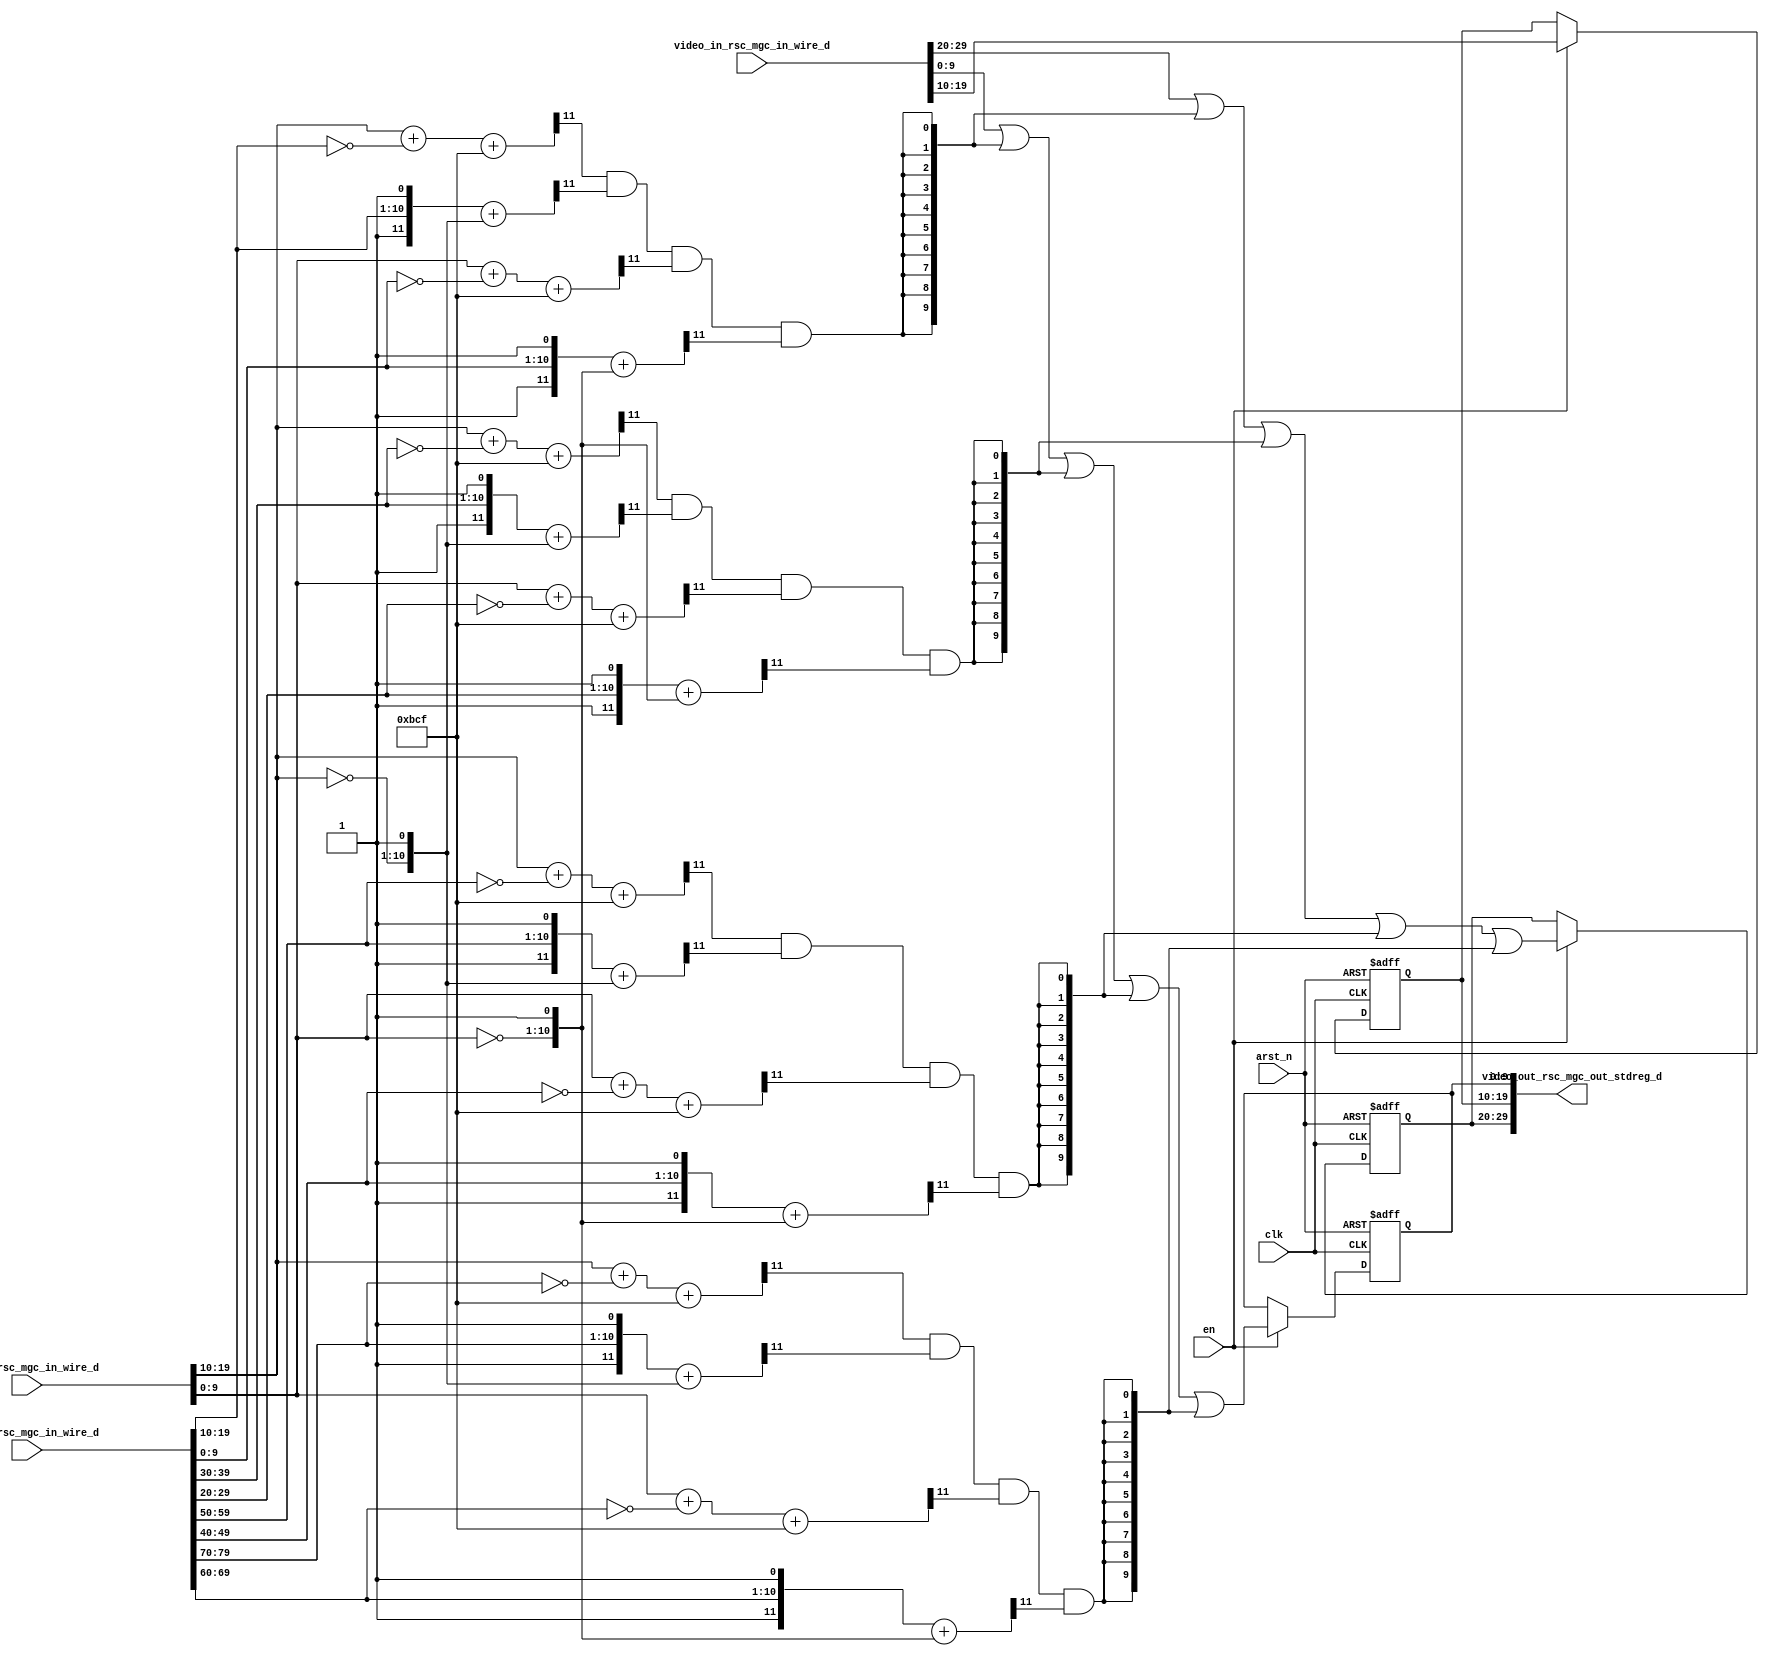
module render_blocks_core (
  clk, en, arst_n, video_in_rsc_mgc_in_wire_d, blocks_rsc_mgc_in_wire_d, vga_xy_rsc_mgc_in_wire_d,
      video_out_rsc_mgc_out_stdreg_d
);
  input clk;
  input en;
  input arst_n;
  input [29:0] video_in_rsc_mgc_in_wire_d;
  input [79:0] blocks_rsc_mgc_in_wire_d;
  input [19:0] vga_xy_rsc_mgc_in_wire_d;
  output [29:0] video_out_rsc_mgc_out_stdreg_d;


  // Interconnect Declarations
  reg [9:0] reg_video_out_rsc_mgc_out_stdreg_d_tmp;
  reg [9:0] reg_video_out_rsc_mgc_out_stdreg_d_tmp_1;
  reg [9:0] reg_video_out_rsc_mgc_out_stdreg_d_tmp_2;
  wire FRAME_if_and_2_itm;
  wire FRAME_if_and_5_itm;
  wire FRAME_if_and_8_itm;
  wire FRAME_if_and_11_itm;


  // Interconnect Declarations for Component Instantiations 
  assign video_out_rsc_mgc_out_stdreg_d = {reg_video_out_rsc_mgc_out_stdreg_d_tmp
      , reg_video_out_rsc_mgc_out_stdreg_d_tmp_1 , reg_video_out_rsc_mgc_out_stdreg_d_tmp_2};
  assign FRAME_if_and_2_itm = (readslicef_12_1_11((conv_u2s_11_12(conv_u2u_10_11(vga_xy_rsc_mgc_in_wire_d[19:10])
      + conv_u2u_10_11(~ (blocks_rsc_mgc_in_wire_d[19:10]))) + 12'b101111001111)))
      & (readslicef_12_1_11((({1'b1 , (blocks_rsc_mgc_in_wire_d[19:10]) , 1'b1})
      + conv_u2u_11_12({(~ (vga_xy_rsc_mgc_in_wire_d[19:10])) , 1'b1})))) & (readslicef_12_1_11((conv_u2s_11_12(conv_u2u_10_11(vga_xy_rsc_mgc_in_wire_d[9:0])
      + conv_u2u_10_11(~ (blocks_rsc_mgc_in_wire_d[9:0]))) + 12'b101111001111)))
      & (readslicef_12_1_11((({1'b1 , (blocks_rsc_mgc_in_wire_d[9:0]) , 1'b1}) +
      conv_u2u_11_12({(~ (vga_xy_rsc_mgc_in_wire_d[9:0])) , 1'b1}))));
  assign FRAME_if_and_5_itm = (readslicef_12_1_11((conv_u2s_11_12(conv_u2u_10_11(vga_xy_rsc_mgc_in_wire_d[19:10])
      + conv_u2u_10_11(~ (blocks_rsc_mgc_in_wire_d[39:30]))) + 12'b101111001111)))
      & (readslicef_12_1_11((({1'b1 , (blocks_rsc_mgc_in_wire_d[39:30]) , 1'b1})
      + conv_u2u_11_12({(~ (vga_xy_rsc_mgc_in_wire_d[19:10])) , 1'b1})))) & (readslicef_12_1_11((conv_u2s_11_12(conv_u2u_10_11(vga_xy_rsc_mgc_in_wire_d[9:0])
      + conv_u2u_10_11(~ (blocks_rsc_mgc_in_wire_d[29:20]))) + 12'b101111001111)))
      & (readslicef_12_1_11((({1'b1 , (blocks_rsc_mgc_in_wire_d[29:20]) , 1'b1})
      + conv_u2u_11_12({(~ (vga_xy_rsc_mgc_in_wire_d[9:0])) , 1'b1}))));
  assign FRAME_if_and_8_itm = (readslicef_12_1_11((conv_u2s_11_12(conv_u2u_10_11(vga_xy_rsc_mgc_in_wire_d[19:10])
      + conv_u2u_10_11(~ (blocks_rsc_mgc_in_wire_d[59:50]))) + 12'b101111001111)))
      & (readslicef_12_1_11((({1'b1 , (blocks_rsc_mgc_in_wire_d[59:50]) , 1'b1})
      + conv_u2u_11_12({(~ (vga_xy_rsc_mgc_in_wire_d[19:10])) , 1'b1})))) & (readslicef_12_1_11((conv_u2s_11_12(conv_u2u_10_11(vga_xy_rsc_mgc_in_wire_d[9:0])
      + conv_u2u_10_11(~ (blocks_rsc_mgc_in_wire_d[49:40]))) + 12'b101111001111)))
      & (readslicef_12_1_11((({1'b1 , (blocks_rsc_mgc_in_wire_d[49:40]) , 1'b1})
      + conv_u2u_11_12({(~ (vga_xy_rsc_mgc_in_wire_d[9:0])) , 1'b1}))));
  assign FRAME_if_and_11_itm = (readslicef_12_1_11((conv_u2s_11_12(conv_u2u_10_11(vga_xy_rsc_mgc_in_wire_d[19:10])
      + conv_u2u_10_11(~ (blocks_rsc_mgc_in_wire_d[79:70]))) + 12'b101111001111)))
      & (readslicef_12_1_11((({1'b1 , (blocks_rsc_mgc_in_wire_d[79:70]) , 1'b1})
      + conv_u2u_11_12({(~ (vga_xy_rsc_mgc_in_wire_d[19:10])) , 1'b1})))) & (readslicef_12_1_11((conv_u2s_11_12(conv_u2u_10_11(vga_xy_rsc_mgc_in_wire_d[9:0])
      + conv_u2u_10_11(~ (blocks_rsc_mgc_in_wire_d[69:60]))) + 12'b101111001111)))
      & (readslicef_12_1_11((({1'b1 , (blocks_rsc_mgc_in_wire_d[69:60]) , 1'b1})
      + conv_u2u_11_12({(~ (vga_xy_rsc_mgc_in_wire_d[9:0])) , 1'b1}))));
  always @(posedge clk or negedge arst_n) begin
    if ( ~ arst_n ) begin
      reg_video_out_rsc_mgc_out_stdreg_d_tmp <= 10'b0;
      reg_video_out_rsc_mgc_out_stdreg_d_tmp_1 <= 10'b0;
      reg_video_out_rsc_mgc_out_stdreg_d_tmp_2 <= 10'b0;
    end
    else begin
      if ( en ) begin
        reg_video_out_rsc_mgc_out_stdreg_d_tmp <= (video_in_rsc_mgc_in_wire_d[29:20])
            | ({{9{FRAME_if_and_2_itm}}, FRAME_if_and_2_itm}) | ({{9{FRAME_if_and_5_itm}},
            FRAME_if_and_5_itm}) | ({{9{FRAME_if_and_8_itm}}, FRAME_if_and_8_itm})
            | ({{9{FRAME_if_and_11_itm}}, FRAME_if_and_11_itm});
        reg_video_out_rsc_mgc_out_stdreg_d_tmp_1 <= video_in_rsc_mgc_in_wire_d[19:10];
        reg_video_out_rsc_mgc_out_stdreg_d_tmp_2 <= (video_in_rsc_mgc_in_wire_d[9:0])
            | ({{9{FRAME_if_and_2_itm}}, FRAME_if_and_2_itm}) | ({{9{FRAME_if_and_5_itm}},
            FRAME_if_and_5_itm}) | ({{9{FRAME_if_and_8_itm}}, FRAME_if_and_8_itm})
            | ({{9{FRAME_if_and_11_itm}}, FRAME_if_and_11_itm});
      end
    end
  end

  function [0:0] readslicef_12_1_11;
    input [11:0] vector;
    reg [11:0] tmp;
  begin
    tmp = vector >> 11;
    readslicef_12_1_11 = tmp[0:0];
  end
  endfunction


  function signed [11:0] conv_u2s_11_12 ;
    input [10:0]  vector ;
  begin
    conv_u2s_11_12 = {1'b0, vector};
  end
  endfunction


  function  [10:0] conv_u2u_10_11 ;
    input [9:0]  vector ;
  begin
    conv_u2u_10_11 = {1'b0, vector};
  end
  endfunction


  function  [11:0] conv_u2u_11_12 ;
    input [10:0]  vector ;
  begin
    conv_u2u_11_12 = {1'b0, vector};
  end
  endfunction

endmodule
module render_blocks (
  video_in_rsc_z, blocks_rsc_z, vga_xy_rsc_z, video_out_rsc_z, clk, en, arst_n
);
  input [29:0] video_in_rsc_z;
  input [79:0] blocks_rsc_z;
  input [19:0] vga_xy_rsc_z;
  output [29:0] video_out_rsc_z;
  input clk;
  input en;
  input arst_n;


  // Interconnect Declarations
  wire [29:0] video_in_rsc_mgc_in_wire_d;
  wire [79:0] blocks_rsc_mgc_in_wire_d;
  wire [19:0] vga_xy_rsc_mgc_in_wire_d;
  wire [29:0] video_out_rsc_mgc_out_stdreg_d;


  // Interconnect Declarations for Component Instantiations 
  mgc_in_wire #(.rscid(1),
  .width(30)) video_in_rsc_mgc_in_wire (
      .d(video_in_rsc_mgc_in_wire_d),
      .z(video_in_rsc_z)
    );
  mgc_in_wire #(.rscid(2),
  .width(80)) blocks_rsc_mgc_in_wire (
      .d(blocks_rsc_mgc_in_wire_d),
      .z(blocks_rsc_z)
    );
  mgc_in_wire #(.rscid(3),
  .width(20)) vga_xy_rsc_mgc_in_wire (
      .d(vga_xy_rsc_mgc_in_wire_d),
      .z(vga_xy_rsc_z)
    );
  mgc_out_stdreg #(.rscid(4),
  .width(30)) video_out_rsc_mgc_out_stdreg (
      .d(video_out_rsc_mgc_out_stdreg_d),
      .z(video_out_rsc_z)
    );
  render_blocks_core render_blocks_core_inst (
      .clk(clk),
      .en(en),
      .arst_n(arst_n),
      .video_in_rsc_mgc_in_wire_d(video_in_rsc_mgc_in_wire_d),
      .blocks_rsc_mgc_in_wire_d(blocks_rsc_mgc_in_wire_d),
      .vga_xy_rsc_mgc_in_wire_d(vga_xy_rsc_mgc_in_wire_d),
      .video_out_rsc_mgc_out_stdreg_d(video_out_rsc_mgc_out_stdreg_d)
    );
endmodule